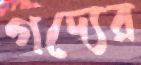
গদ্যের